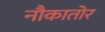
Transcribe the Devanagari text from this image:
नौकातोर